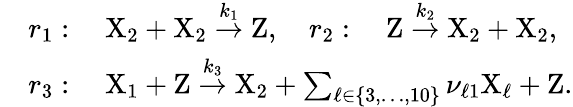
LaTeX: \begin{array}{rl}&{r_{1}:\quad\mathrm{X}_{2}+\mathrm{X}_{2}\stackrel{k_{1}}{\rightarrow}\mathrm{Z},\quad r_{2}:\quad\mathrm{Z}\stackrel{k_{2}}{\rightarrow}\mathrm{X}_{2}+\mathrm{X}_{2},}\\ &{r_{3}:\quad\mathrm{X}_{1}+\mathrm{Z}\stackrel{k_{3}}{\rightarrow}\mathrm{X}_{2}+\sum_{\ell\in\{ 3,\dots,10\} }\nu_{\ell 1}\mathrm{X}_{\ell}+\mathrm{Z}.}\end{array}